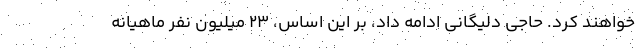
خواهند کرد. حاجی دلیگانی ادامه داد، بر این اساس، ۲۳ میلیون نفر ماهیانه